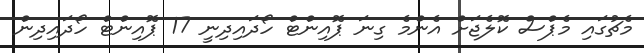
މެޗުގައި މެޕްސް ކޮލެޖަށް އެންމެ ގިނަ ޕޮއިންޓް ހޯދައިދިނީ 17 ޕޮއިންޓް ހޯދައިދިން